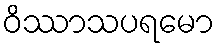
ဝိဿာသပရမော